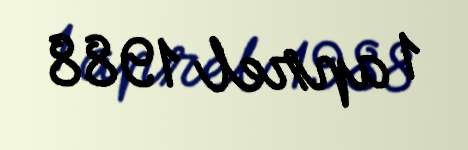
1 aprel 1988